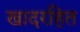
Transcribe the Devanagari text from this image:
खादरहित